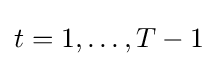
t=1,\dots ,T-1